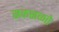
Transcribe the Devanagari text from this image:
सळसळते